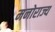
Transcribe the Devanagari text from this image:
मनोराज्य